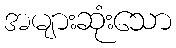
အများဆုံးသော